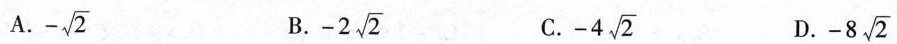
A. - \sqrt{2} B. -2 \sqrt{2} C. -4 \sqrt{2} D. -8 \sqrt{2}